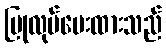
ပြုလုပ်ပေးထားသည်